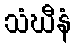
သံဃီနံ